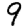
Digit: 9